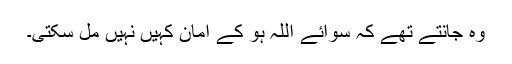
وہ جانتے تھے کہ سوائے اللہ ہو کے امان کہیں نہیں مل سکتی۔